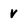
Character: V